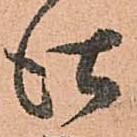
仕